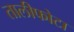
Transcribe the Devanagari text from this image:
तालीफोटा